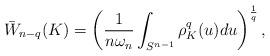
LaTeX: \begin{align*}\bar{W}_{n-q}(K)=\left(\frac{1}{n\omega_n}\int_{S^{n-1}}\rho_K^q(u)du\right)^{\frac{1}{q}},\end{align*}